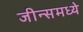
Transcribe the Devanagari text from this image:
जीन्समध्ये